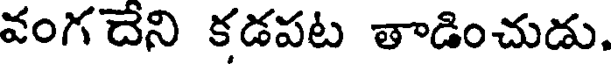
వంగదేని కడపట తాడించుడు.